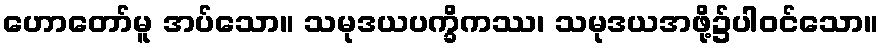
ဟောတော်မူ အပ်သော။ သမုဒယပက္ခိကဿ၊ သမုဒယအဖို့၌ပါဝင်သော။